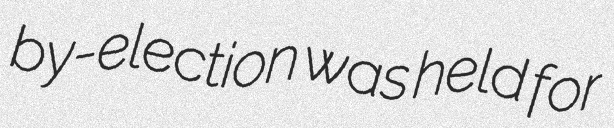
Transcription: by-election was held for